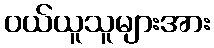
ဝယ်ယူသူများအား